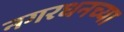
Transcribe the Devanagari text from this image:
नगरधनच्या